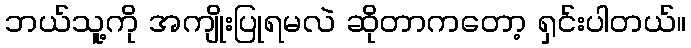
ဘယ်သူ့ကို အကျိုးပြုရမလဲ ဆိုတာကတော့ ရှင်းပါတယ်။